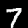
Label: 7